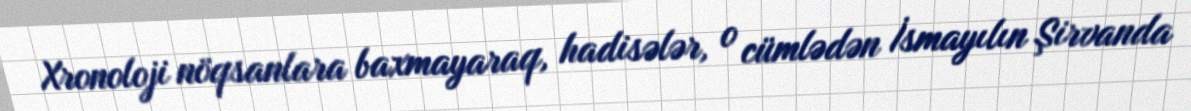
Xronoloji nöqsanlara baxmayaraq, hadisələr, o cümlədən İsmayılın Şirvanda